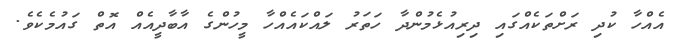
އެއްހާ ކުދި ރަށްތަކެއްގައި ދިރިއުޅެމުންދާ ހަތަރު ލައްކައެއްހާ މީހުންގެ އާބާދީއެއް އޮތް ގައުމެކެވެ.